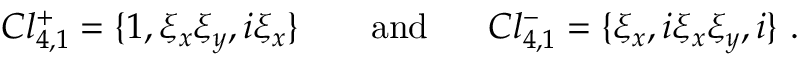
C l _ { 4 , 1 } ^ { + } = \{ 1 , \xi _ { x } \xi _ { y } , i \xi _ { x } \} ~ ~ ~ ~ ~ ~ \mathrm { a n d } ~ ~ ~ ~ ~ C l _ { 4 , 1 } ^ { - } = \{ \xi _ { x } , i \xi _ { x } \xi _ { y } , i \} ~ .